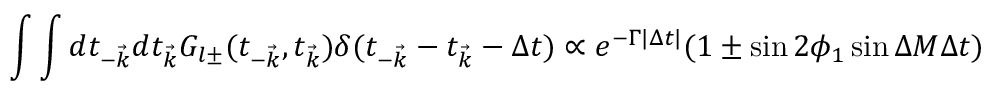
\int \int d t _ { - \vec { k } } d t _ { \vec { k } } G _ { l \pm } ( t _ { - \vec { k } } , t _ { \vec { k } } ) \delta ( t _ { - \vec { k } } - t _ { \vec { k } } - \Delta t ) \propto e ^ { - \Gamma | \Delta t | } ( 1 \pm \sin 2 \phi _ { 1 } \sin \Delta M \Delta t )